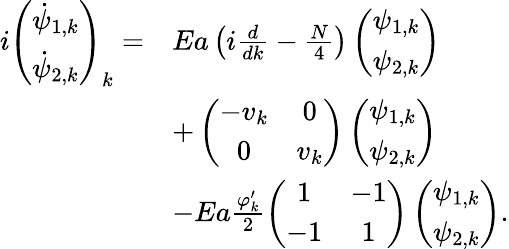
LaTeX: \begin{array}{rl}{i\left(\begin{array}{c}{\dot{\psi}_{1,k}}\\ {\dot{\psi}_{2,k}}\end{array}\right)_{k}=}&{Ea\left(i\frac{d}{dk}-\frac{N}{4}\right)\left(\begin{array}{c}{\psi_{1,k}}\\ {\psi_{2,k}}\end{array}\right)}\\ &{+\left(\begin{array}{cc}{-v_{k}}&{0}\\ {0}&{v_{k}}\end{array}\right)\left(\begin{array}{c}{\psi_{1,k}}\\ {\psi_{2,k}}\end{array}\right)}\\ &{-Ea\frac{\varphi_{k}^{\prime}}{2}\left(\begin{array}{cc}{1}&{-1}\\ {-1}&{1}\end{array}\right)\left(\begin{array}{c}{\psi_{1,k}}\\ {\psi_{2,k}}\end{array}\right).}\end{array}